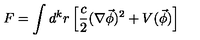
F = \int d ^ { k } r \left[ \frac c 2 ( \nabla \vec { \phi } ) ^ { 2 } + V ( \vec { \phi } ) \right]